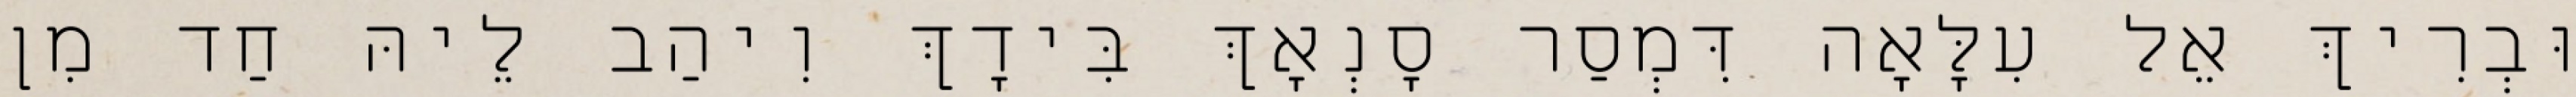
וּבְרִיךְ אֵל עִלָּאָה דִּמְסַר סָנְאָךְ בִּידָךְ וִיהַב לֵיהּ חַד מִן